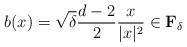
LaTeX: \begin{align*}b(x)=\sqrt{\delta} \frac{d-2}{2}\frac{x}{|x|^2} \in \mathbf{F}_\delta\end{align*}